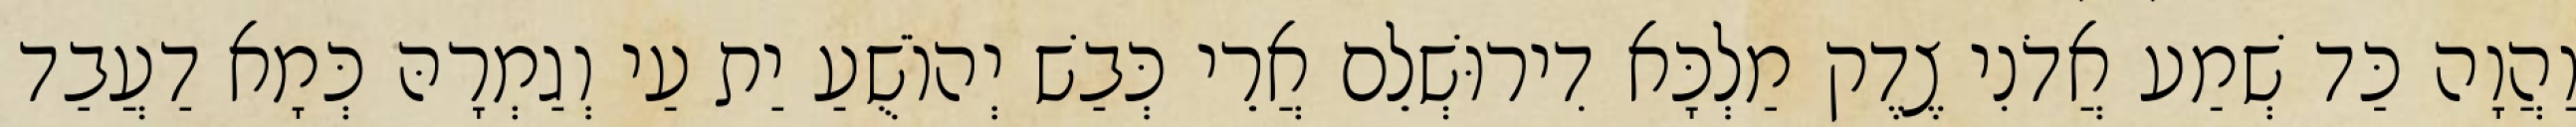
וַהֲוָה כַּד שְׁמַע אֲדֹנִי צֶדֶק מַלְכָּא דִירוּשְׁלֵם אֲרֵי כְּבַשׁ יְהוֹשֻׁעַ יַת עַי וְגַמְרָהּ כְּמָא דַעֲבַד